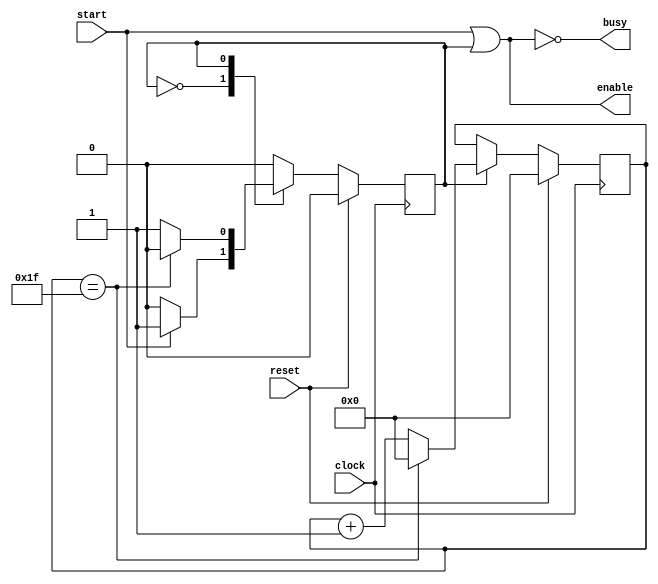
/*

    Integrated Master in Electrical and Computer Engineering - FEUP
	
	EEC0055 - Digital Systems Design 2019/2020
	
	----------------------------------------------------------------------
	module rec2pol_control 
	
	Summary
	The controller of the module rec2pol
	
	----------------------------------------------------------------------	
	Date created: 1 Nov 2019
	Author: jca@fe.up.pt

	----------------------------------------------------------------------		
	This Verilog code is property of the University of Porto, Portugal
	Its utilization beyond the scope of the course Digital Systems Design
	(Projeto de Sistemas Digitais) of the Integrated Master in Electrical 
	and Computer Engineering requires explicit authorization from the author.

*/

module rec2pol_control #(parameter count_to = 33, parameter bit_size = 6) ( 
                input clock,
				input reset,
				input start,   // set to 1 for one clock to start 
				output enable,
				output busy
			  );
			  
reg [bit_size-1:0] counter;
reg       state;

// FSM states:
parameter ST_IDLE = 1'b0,
          ST_RUN  = 1'b1;

// The controller:
always @(posedge clock)
begin
  if ( reset )
  begin
    counter <= 0;
    state <= ST_IDLE;
  end
  else
    case ( state )
	  ST_IDLE: if (start)
	           begin
	             state <= ST_RUN;
			   end
	  ST_RUN:  if ( counter == count_to-2 )
	           begin
			     counter <= 0;
				 state <= ST_IDLE;
			   end
			   else
			     counter <= counter + 2'b01; 
	endcase

end

// set enable for 33 clock cycles:
assign enable = ( start | ( state == ST_RUN ) );
// enable is the same as NOT(busy)...
assign busy = ~enable;
		
endmodule